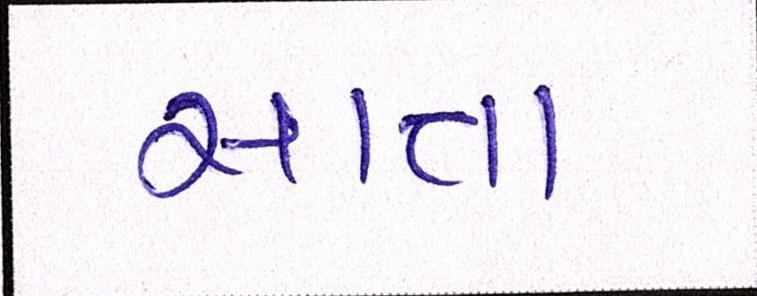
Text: સાતા